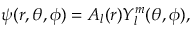
\psi ( r , \theta , \phi ) = A _ { l } ( r ) Y _ { l } ^ { m } ( \theta , \phi ) ,